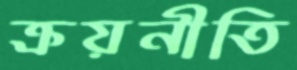
ক্রয়নীতি